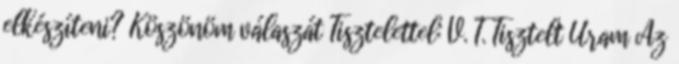
elkészíteni? Köszönöm válaszát Tisztelettel: V. T. Tisztelt Uram Az